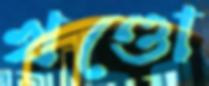
খণ্ডো